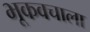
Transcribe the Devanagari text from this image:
भूकवचाला